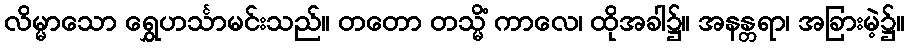
လိမ္မာသော ရွှေဟင်္သာမင်းသည်။ တတော တသ္မိံ ကာလေ၊ ထိုအခါ၌။ အနန္တရာ၊ အခြားမဲ့၌။